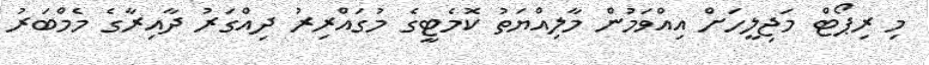
މި ރިޕޯޓް މަޖިލީހަށް އިއްވަމުން މާލިއްޔަތު ކޮމެޓީގެ މުގައްރިރު ދިއްގަރު ދާއިރާގެ މެމްބަރު